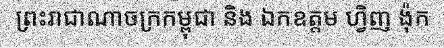
ព្រះរាជាណាចក្រកម្ពុជា និង ឯកឧត្តម ហ្វិញ ង៉ុក